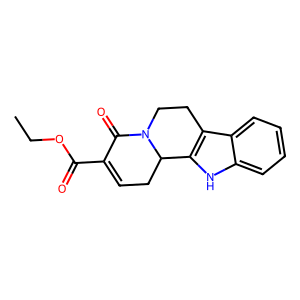
SMILES: CCOC(=O)C1=CCC2c3[nH]c4ccccc4c3CCN2C1=O
Inhibits HIV replication: No